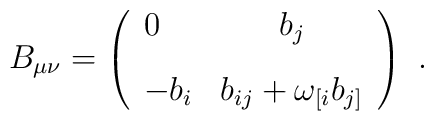
B_{\mu\nu}=\left (\begin{array}{lc} 0 & b_j \\[9pt] -b_i &b_{ij}+\omega_{[i}b_{j]} \end{array} \right) \ .